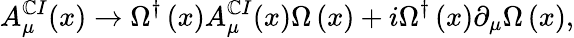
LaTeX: A_{\mu}^{\mathbb{C}I}(x)\rightarrow\Omega^{\dagger}\left(x\right)A_{\mu}^{\mathbb{C}I}(x)\Omega\left(x\right)+i\Omega^{\dagger}\left(x\right)\partial_{\mu}\Omega\left(x\right),